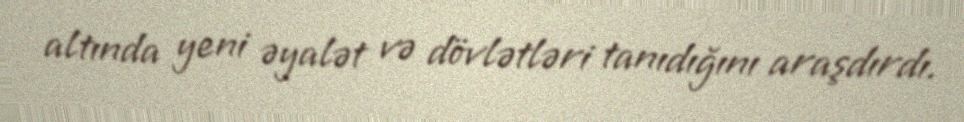
altında yeni əyalət və dövlətləri tanıdığını araşdırdı.